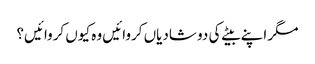
مگر اپنے بیٹے کی دو شادیاں کروائیں وہ کیوں کروائیں؟